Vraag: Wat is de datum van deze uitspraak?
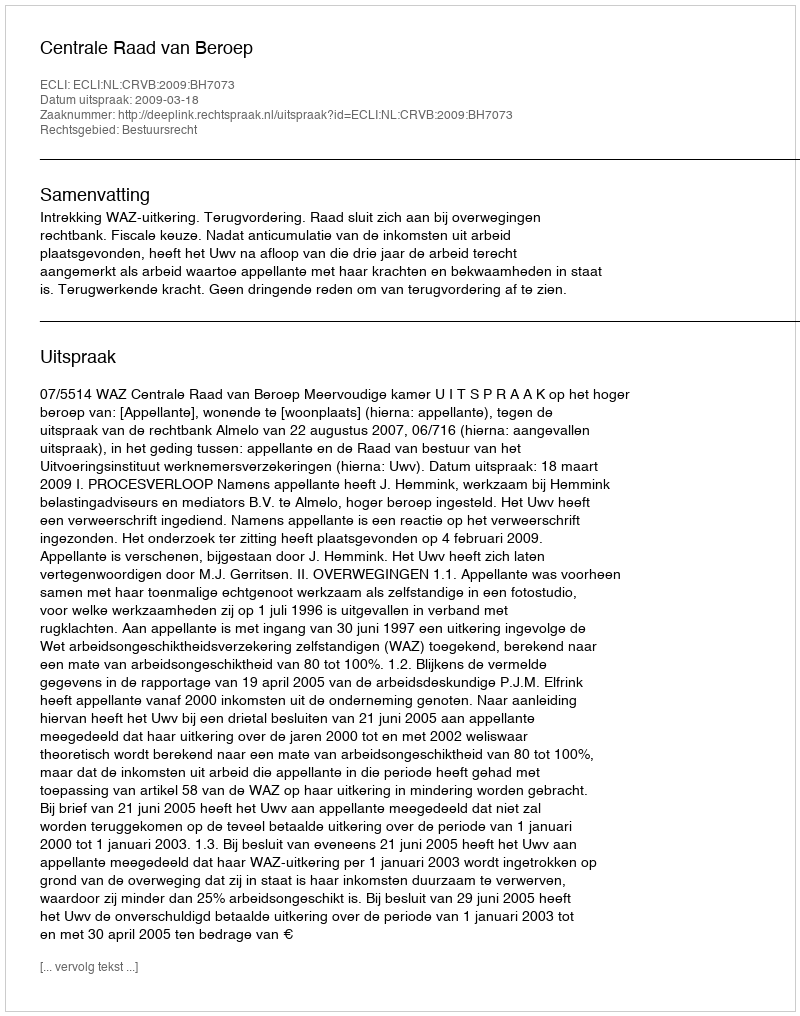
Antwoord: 2009-03-18